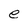
Character: e